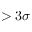
> 3 \sigma